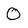
Character: 0